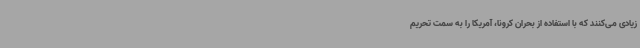
زیادی می‌کنند که با استفاده از بحران کرونا، آمریکا را به سمت تحریم